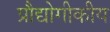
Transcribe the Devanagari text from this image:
प्रौद्योगीकीय